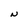
Character: N